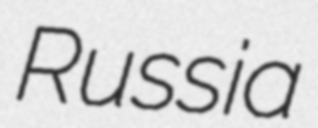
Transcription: Russia